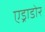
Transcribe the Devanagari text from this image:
एड्राडोर